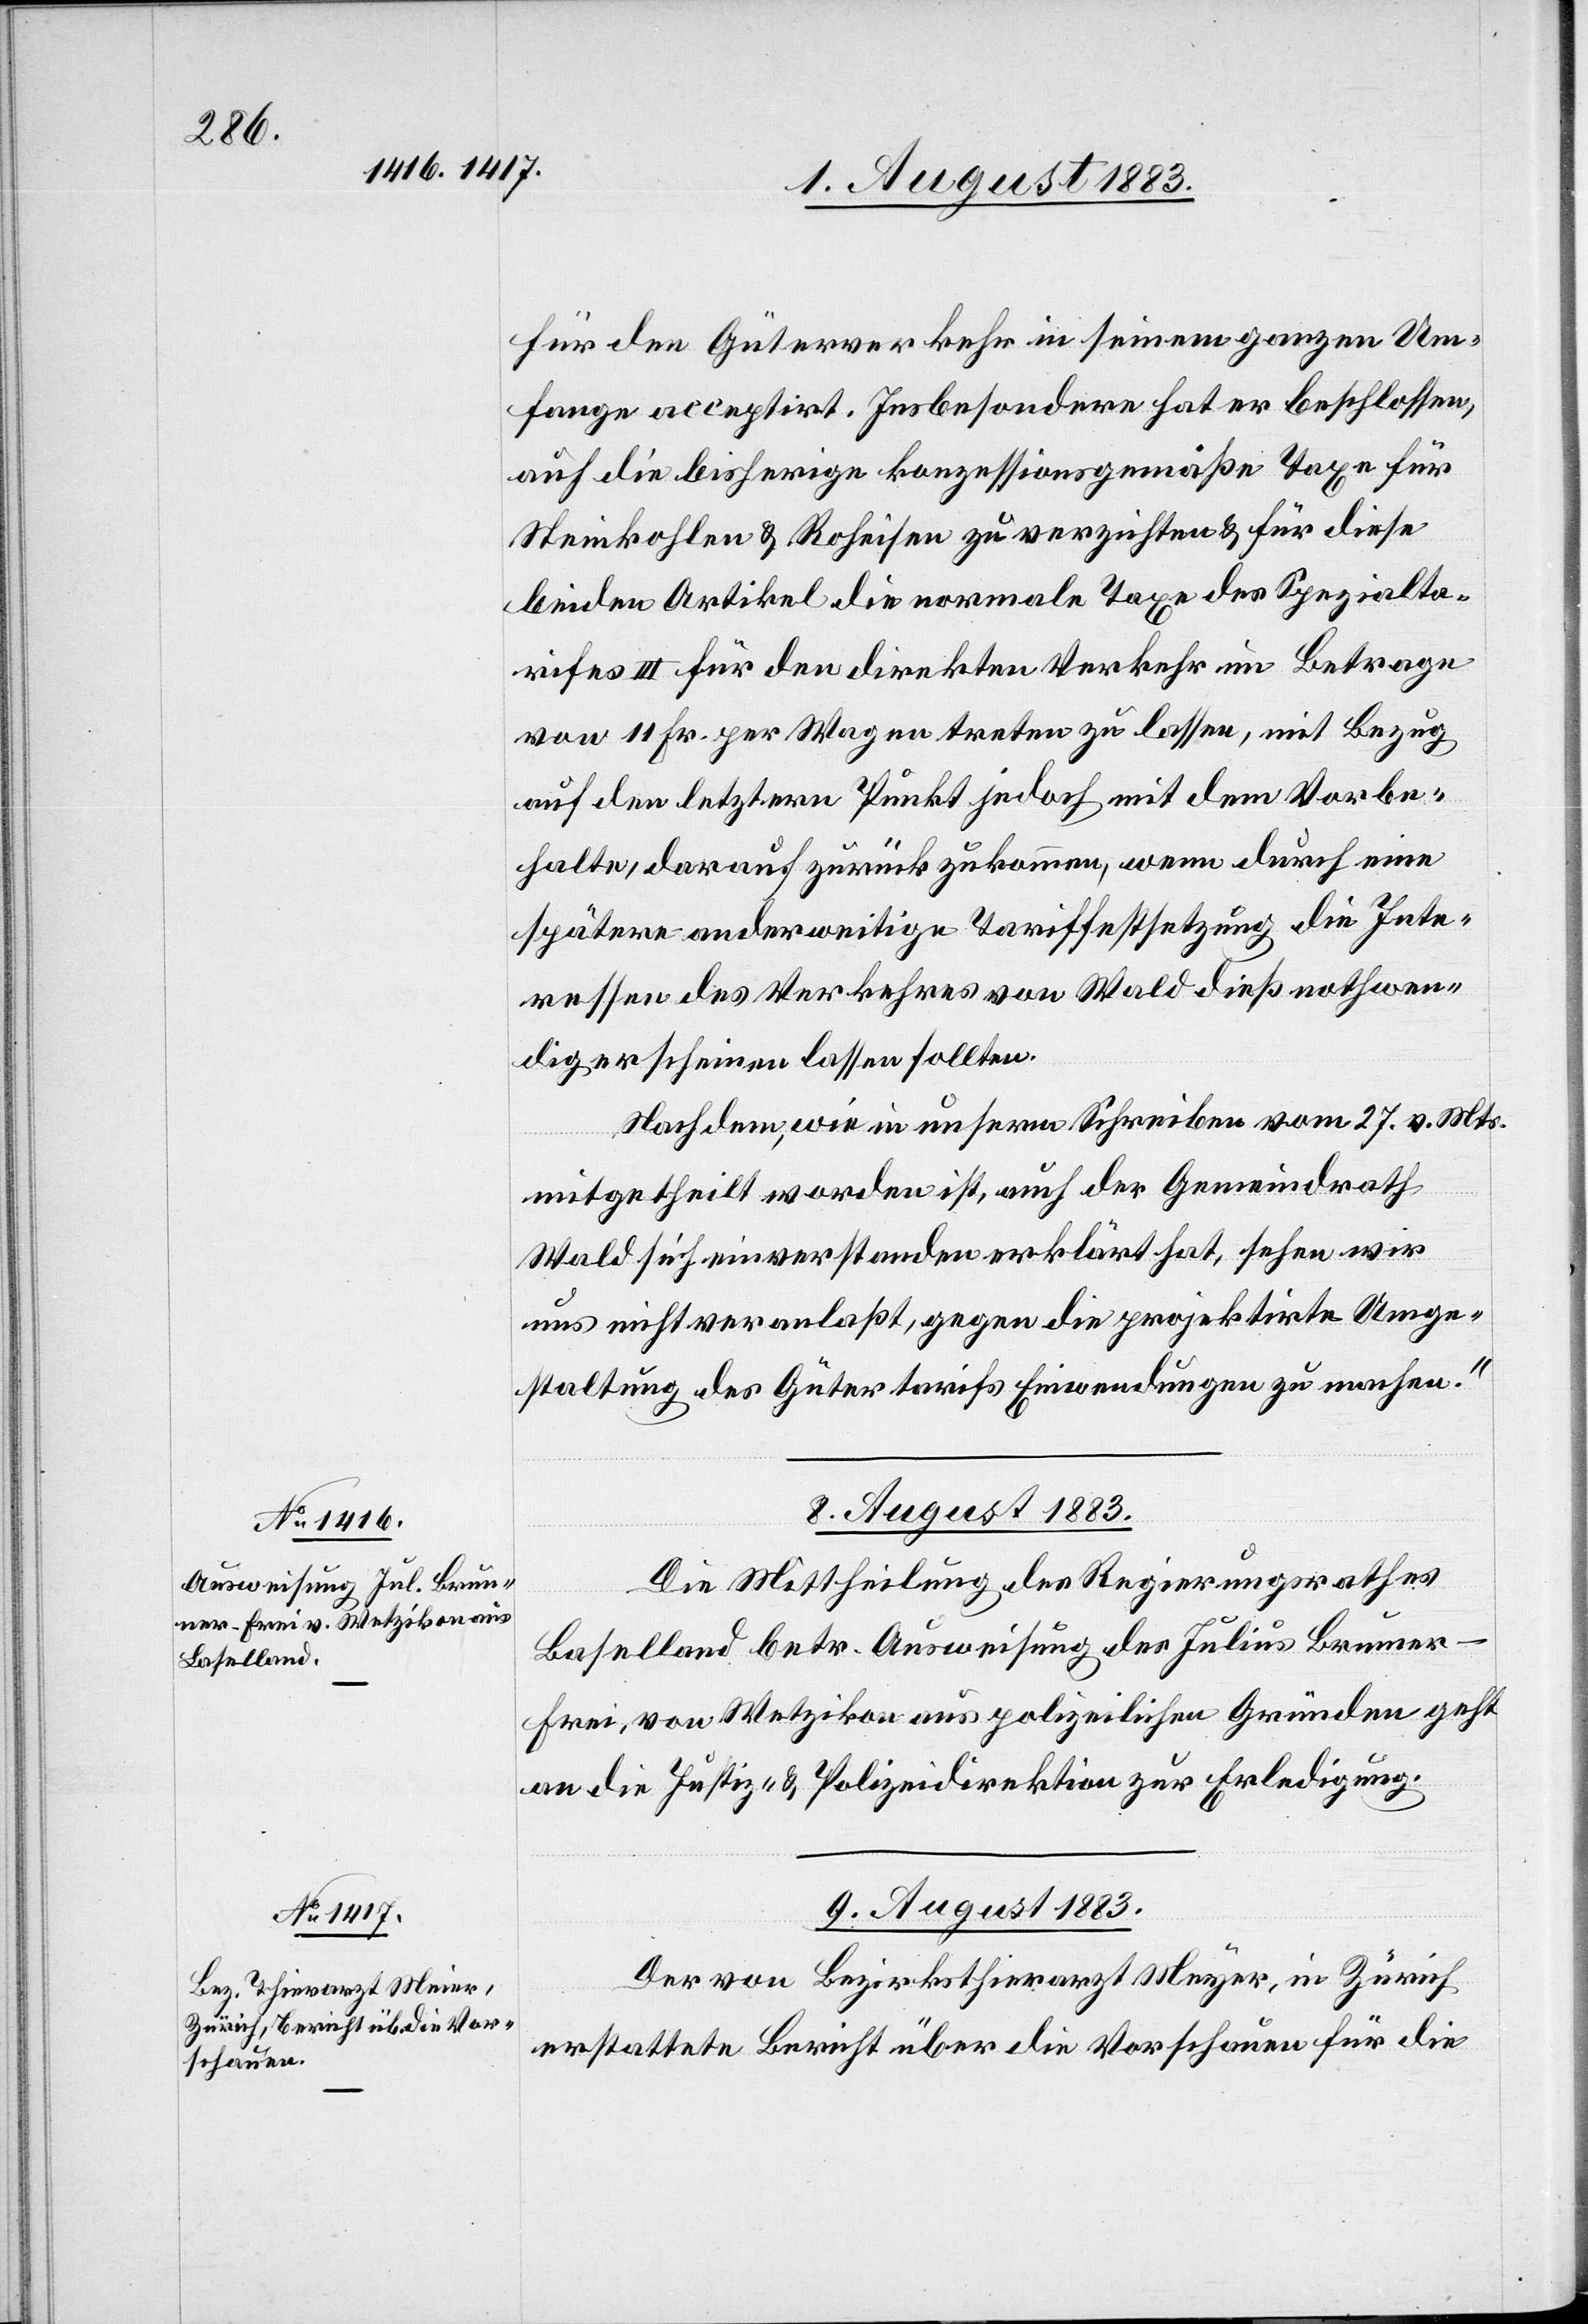
für den Güterverkehr in seinem ganzen Um¬
fange acceptirt. Insbesondere hat er beschlossen,
auf die bisherige konzessionsgemäße Taxe für
Steinkohlen & Roheisen zu verzichten & für diese
beiden Artikel die normale Taxe des Spezialta¬
rifes III für den direkten Verkehr im Betrage
von 11 Fr. per Wagen treten zu lassen, mit Bezug
auf den letztern Punkt jedoch mit dem Vorbe¬
halte, darauf zurückzukommen, wenn durch eine
spätere anderweitige Tarifsetzung die Inte¬
ressen des Verkehres von Wald dieß nothwen¬
dig erscheinen lassen sollten
Nach dem, wie in unserm Schreiben vom 27. v. Mts.
mitgetheilt worden ist, auch der Gemeindrath
Wald sich einverstanden erklärt hat, sehen wir
uns nicht veranlaßt, gegen die projektirte Umge¬
staltung des Gütertarifs Einwendungen zu machen.“
8. August 1883.
Die Mittheilung des Regierungsrathes
Baselland betr. Ausweisung des Julius Brunner-F¬
rei, von Wetzikon aus polizeilichen Gründen geht
an die Justiz- & Polizeidirektion zur Erledigung.
9. August 1883.
Der von Bezirksthierarzt Meyer [sic!], in Zürich
erstattete Bericht über die Vorschauen für die